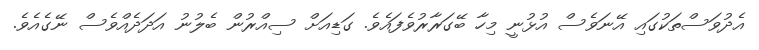
އެދުވަސްތަކުގައި އޭނަވެސް އުޅުނީ މިހާ ބޭގަރާރުވެފައެވެ. ގަޑިއަށް ސިއްރުން ބެލުނު އަދަދެއްވެސް ނޭގެއެވެ.